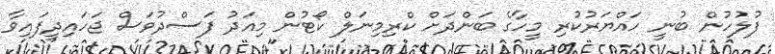
ފުލުހުން ބުނީ ހައްޔަރުކުރި މީހާގެ ބަންދަށް ކްރިމިނަލް ކޯޓުން މިއަދު ފަސްދުވަސް ޖަހައިދީފައިވާ